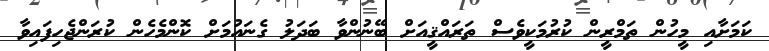
ކަމަށާއި މީހުން ތަމްރީން ކުރުމަކީވެސް ތަރައްޤީއަށް ބޭނުންވާ ބަދަލު ގެނައުމަށް ކޮންމެހެން ކުރަންޖެހިފައިވާ